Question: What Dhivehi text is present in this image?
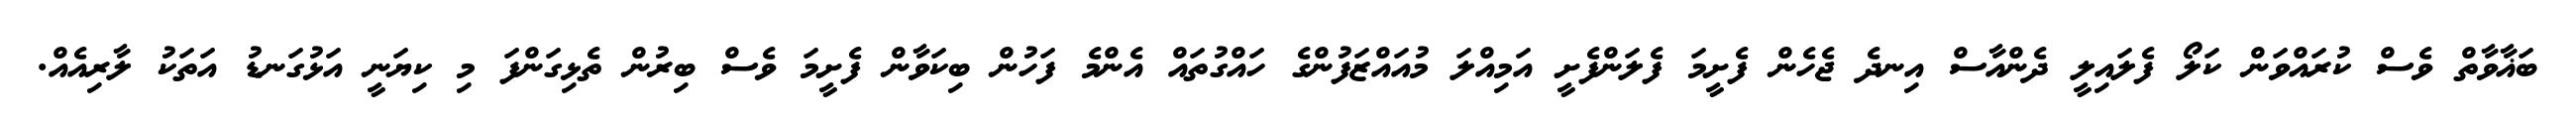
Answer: ބަޣާވާތް ވެސް ކުރައްވަން ކަލޯ ފެލައިލީ ދެންއާސް އިނދެ ޖެހެން ފެށީމަ ފެލަންފެށީ އަމިއްލަ މުއައްޒަފުންގެ ހައްގުތައް އެންމެ ފަހުން ބިކަވާން ފެށީމަ ވެސް ބިރުން ތެޅިގަންފަ މި ކިޔަނީ އަޅުގަނޑު އަތަކު ލާރިއެއް.